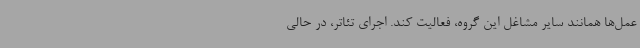
عمل‌ها همانند سایر مشاغل این گروه، فعالیت کند. اجرای تئاتر، در حالی